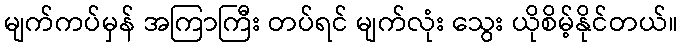
မျက်ကပ်မှန် အကြာကြီး တပ်ရင် မျက်လုံး သွေး ယိုစိမ့်နိုင်တယ်။